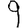
Digit: 9